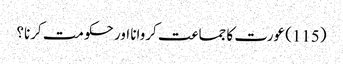
(115) عورت کا جماعت کروانا اور حکومت کرنا؟